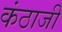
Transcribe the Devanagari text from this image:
कंठाजी